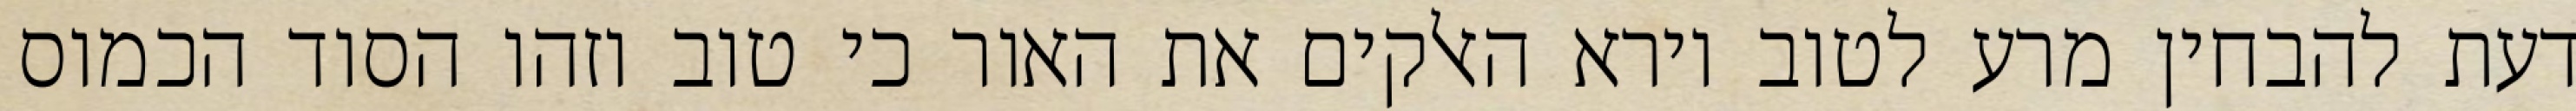
דעת להבחין מרע לטוב וירא האלקים את האור כי טוב וזהו הסוד הכמוס